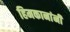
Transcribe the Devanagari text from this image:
हिमकानांनी